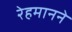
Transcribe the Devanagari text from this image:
रेहमानने